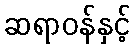
ဆရာဝန်နှင့်